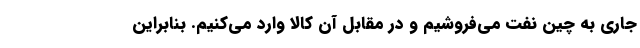
جاری به چین نفت می‌فروشیم و در مقابل آن کالا وارد می‌کنیم. بنابراین